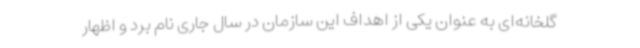
گلخانه‌ای به عنوان یکی از اهداف این سازمان در سال جاری نام برد و اظهار